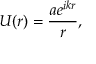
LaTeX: U ( r ) = { \frac { a e ^ { i k r } } { r } } ,